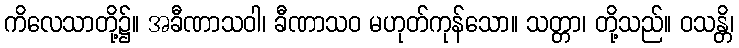
ကိလေသာတို့၌။ အခီဏာသဝါ၊ ခီဏာသဝ မဟုတ်ကုန်သော။ သတ္တာ၊ တို့သည်။ ဝသန္တိ၊